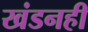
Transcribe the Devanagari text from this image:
खंडनही